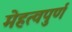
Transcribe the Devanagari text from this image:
मेहत्वपुर्ण